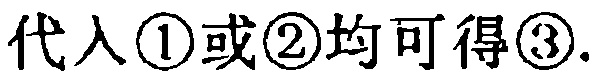
代入\textcircled{1}或\textcircled{2}均可得\textcircled{3}.